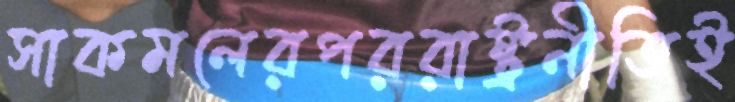
সাকমলেরপররাষ্ট্রনীতিই